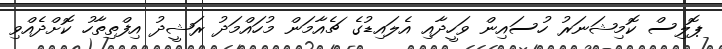
ޕޮލިސް ކޮމިޝަނަރު ހުސައިން ވަހީދާއި އެލައިޑުގެ ޗެއާމަން މުހައްމަދު ރަޝީދު އިފްތިތާހު ކޮށްދެއްވި